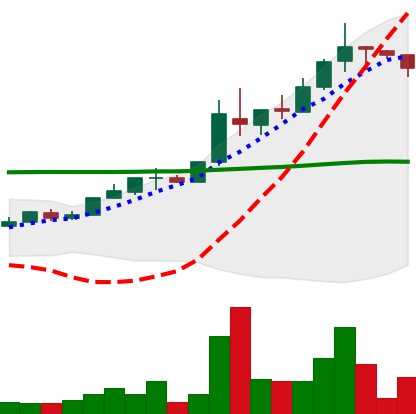
Ticker: TRX-USD
Chart end date: 2018-05-03
Forward return: -4.888%
Label: down_3_5